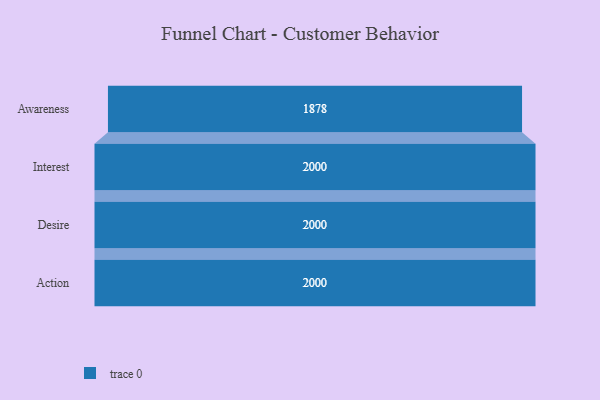
{"axis": {"x": "Stage", "y": "Value"}, "legend": [""], "data": [{"x": "Awareness", "y": 1878.0, "type": ""}, {"x": "Interest", "y": 2000, "type": ""}, {"x": "Desire", "y": 2000, "type": ""}, {"x": "Action", "y": 2000, "type": ""}]}